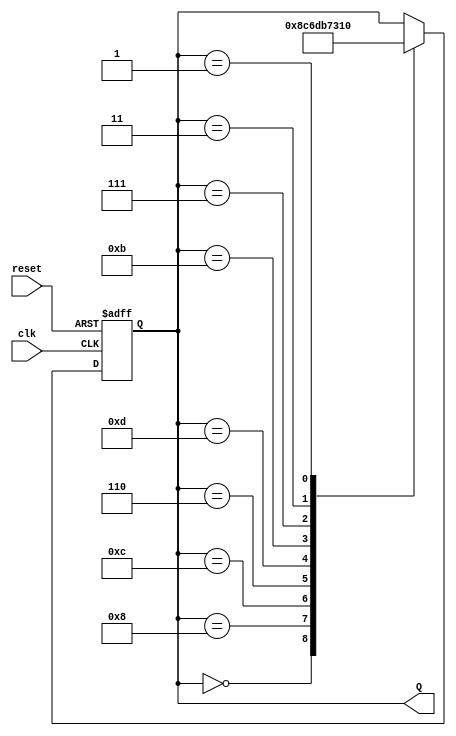
module bsg(input clk,input reset, output [3:0]Q);
reg [3:0] Q;

always@(posedge clk or posedge reset)
 begin
  if(reset==1)
   begin
    Q=0;
   end
  else
   begin
    case(Q)
    0:Q=8;
    8:Q=12;
    12:Q=6;
    6:Q=13;
    13:Q=11;
    11:Q=7;
    7:Q=3;
    3:Q=1;
    1:Q=0;
    endcase
 end

 end

endmodule